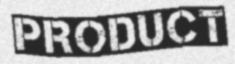
PRODUCT